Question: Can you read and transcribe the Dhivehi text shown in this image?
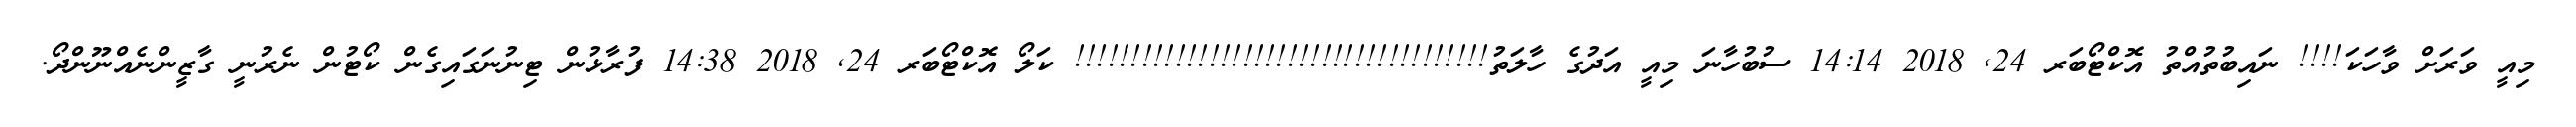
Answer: މިއީ ވަރަށް ވާހަކަ!!!! ނައިބުތުއްތު އޮކްޓޯބަރ 24, 2018 14:14 ސުބުހާނަ މިއީ އަދުގެ ހާލަތު!!!!!!!!!!!!!!!!!!!!!!!!!!!!!!!!!!!!! ކަލޯ އޮކްޓޯބަރ 24, 2018 14:38 ފުރާޅުން ޓިނުނަގައިގެން ކޯޓުން ނެރުނީ ގާޒީންނެއްނޫންދޯ.